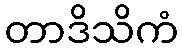
တာဒိသိကံ